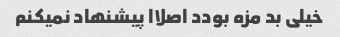
خیلی بد مزه بودد اصلاا پیشنهاد نمیکنم